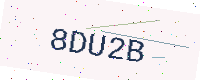
Text: 8DU2B